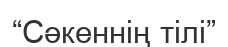
“Сәкеннің тілі”